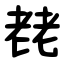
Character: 䎜